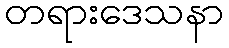
တရားဒေသနာ